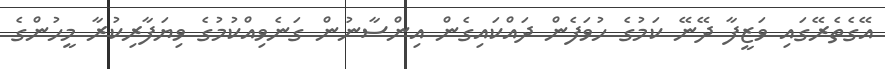
އޭގެތެރޭގައި ވަޒީފާ ދޭނޭ ކަމުގެ ހުވަފެން ދައްކައިގެން އިންސާނުން ގަނެވިއްކުމުގެ ވިޔަފާރިކުރާ މީހުންގެ